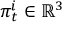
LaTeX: { \boldsymbol { \pi } } _ { t } ^ { i } \in \mathbb { R } ^ { 3 }